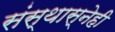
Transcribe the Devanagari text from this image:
संस्थास्नेही